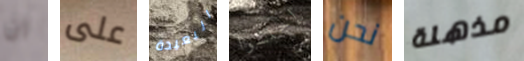
ان على البعيدة إجلسوا نحن مذهلة